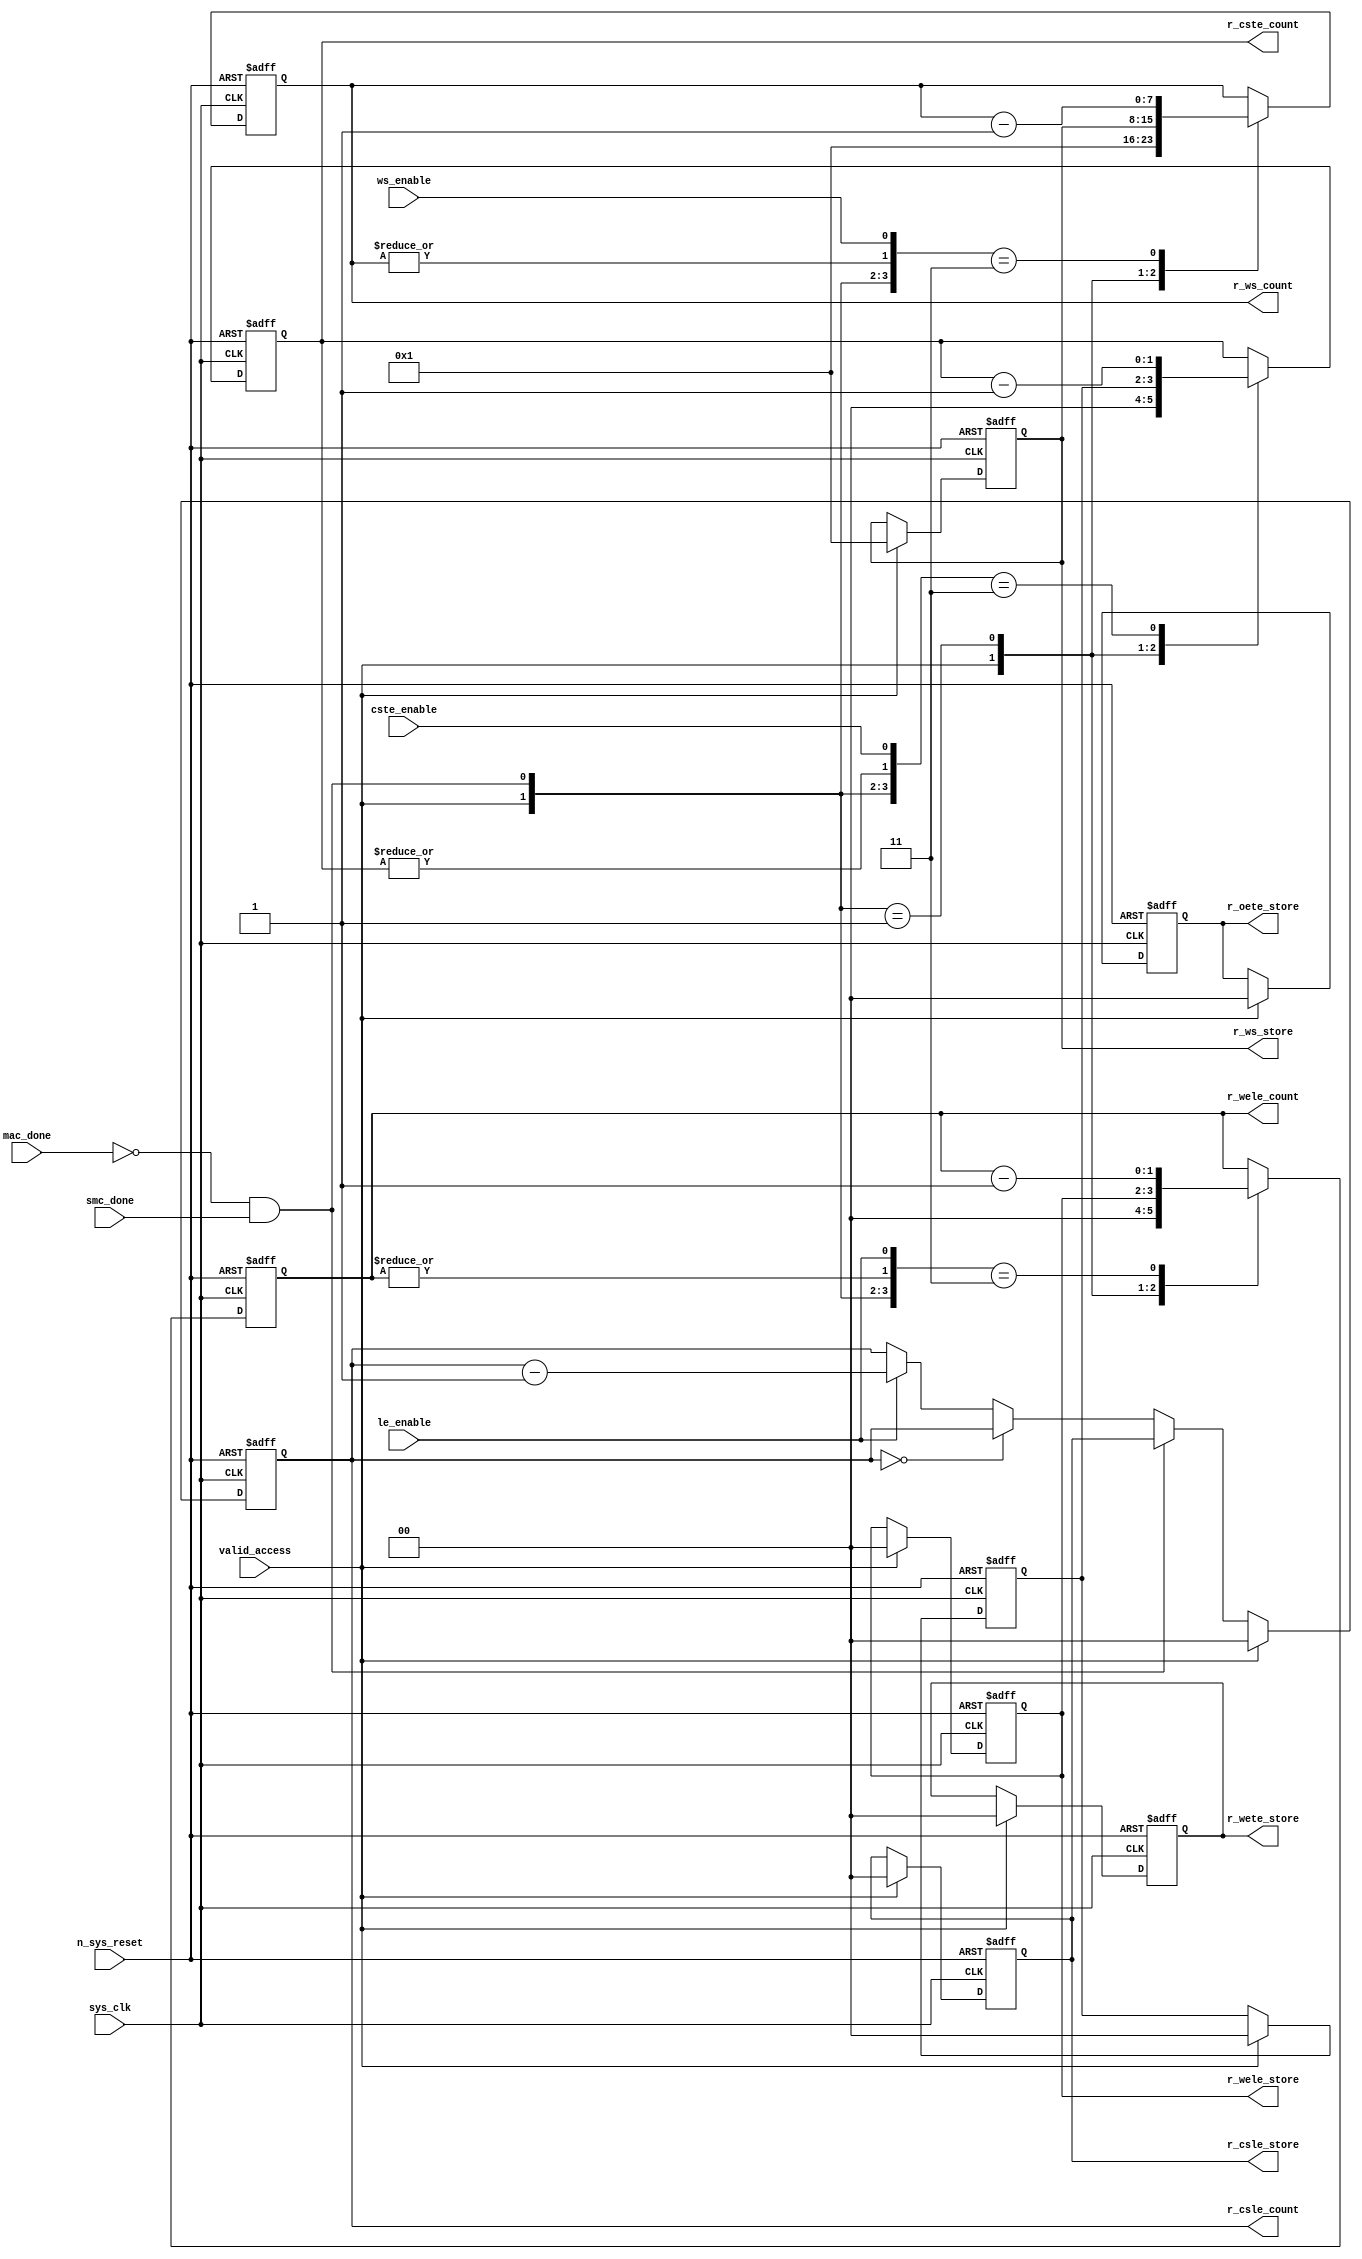
//Title       : 
//Description : Counter block.
//            : Static Memory Controller.
//            : The counter block provides generates all cycle timings
//            : The leading edge counts are individual 2bit, loadable,
//            : counters. The wait state counter is a count down
//            : counter with a maximum size of 5 bits. The trailing
//            : edge counts are registered for comparison with the
//            : wait state counter. The bus float (CSTE) is a
//            : separate 2bit counter. The initial count values are
//            : stored and reloaded into the counters if multiple
//            : accesses are required.
//Notes       : 
//----------------------------------------------------------------------
//   Copyright 1999-2010 Cadence Design Systems, Inc.
//   All Rights Reserved Worldwide
//
//   Licensed under the Apache License, Version 2.0 (the
//   "License"); you may not use this file except in
//   compliance with the License.  You may obtain a copy of
//   the License at
//
//       http://www.apache.org/licenses/LICENSE-2.0
//
//   Unless required by applicable law or agreed to in
//   writing, software distributed under the License is
//   distributed on an "AS IS" BASIS, WITHOUT WARRANTIES OR
//   CONDITIONS OF ANY KIND, either express or implied.  See
//   the License for the specific language governing
//   permissions and limitations under the License.
//----------------------------------------------------------------------


module smc_counter_lite  (
                     //inputs

                     sys_clk,
                     n_sys_reset,
                     valid_access,
                     mac_done, 
                     smc_done, 
                     cste_enable, 
                     ws_enable,
                     le_enable, 

                     //outputs

                     r_csle_count,
                     r_wele_count,
                     r_ws_count,
                     r_ws_store,
                     r_oete_store,
                     r_wete_store,
                     r_wele_store,
                     r_cste_count,
                     r_csle_store);
   

//----------------------------------------------------------------------
// the Wait State Counter
//----------------------------------------------------------------------
   
   
   // I/O
   
   input     sys_clk;                  // AHB System clock
   input     n_sys_reset;              // AHB System reset (Active LOW)
   
   input     valid_access;             // load values are valid if high
   input     mac_done;                 // All cycles in a multiple access

   //  completed
   
   input                 smc_done;   // one access completed
   input                 cste_enable;// Enable CS Trailing Edge counter
   input                 ws_enable;  // Enable Wait State counter
   input                 le_enable;  // Enable all Leading Edge counters
   
   // Counter outputs
   
   output [1:0]             r_csle_count;  //chip select leading
                                             //  edge count
   output [1:0]             r_wele_count;  //write strobe leading 
                                             // edge count
   output [7:0] r_ws_count;    //wait state count
   output [1:0]             r_cste_count;  //chip select trailing 
                                             // edge count
   
   // Stored counts for MAC
   
   output [1:0]             r_oete_store;  //read strobe
   output [1:0]             r_wete_store;  //write strobe trailing 
                                              // edge store
   output [7:0] r_ws_store;    //wait state store
   output [1:0]             r_wele_store;  //write strobe leading
                                             //  edge store
   output [1:0]             r_csle_store;  //chip select  leading
                                             //  edge store
   
   
   // Counters
   
   reg [1:0]             r_csle_count;  // Chip select LE counter
   reg [1:0]             r_wele_count;  // Write counter
   reg [7:0] r_ws_count;    // Wait state select counter
   reg [1:0]             r_cste_count;  // Chip select TE counter
   
   
   // These strobes finish early so no counter is required. 
   // The stored value is compared with WS counter to determine 
   // when the strobe should end.

   reg [1:0]    r_wete_store;    // Write strobe TE end time before CS
   reg [1:0]    r_oete_store;    // Read strobe TE end time before CS
   
   
   // The following four regisrers are used to store the configuration
   // during mulitple accesses. The counters are reloaded from these
   // registers before each cycle.
   
   reg [1:0]             r_csle_store;    // Chip select LE store
   reg [1:0]             r_wele_store;    // Write strobe LE store
   reg [7:0] r_ws_store;      // Wait state store
   reg [1:0]             r_cste_store;    // Chip Select TE delay
                                          //  (Bus float time)

   // wires used for meeting coding standards
   
   wire         ws_count;      //ORed r_ws_count
   wire         wele_count;    //ORed r_wele_count
   wire         cste_count;    //ORed r_cste_count
   wire         mac_smc_done;  //ANDed smc_done and not(mac_done)
   wire [4:0]   case_cste;     //concatenated signals for case statement
   wire [4:0]   case_wele;     //concatenated signals for case statement
   wire [4:0]   case_ws;       //concatenated signals for case statement
   
   
   
   // Main Code
   
//----------------------------------------------------------------------
// Counters (& Count Store for MAC)
//----------------------------------------------------------------------


//----------------------------------------------------------------------
// WETE Store
//----------------------------------------------------------------------

always @(posedge sys_clk or negedge n_sys_reset)

begin   

   if (~(n_sys_reset))
     
      r_wete_store <= 2'b00;
   
   
   else if (valid_access)
     
      r_wete_store <= 2'b0;
   
   else
     
      r_wete_store <= r_wete_store;

end
   
//----------------------------------------------------------------------
// OETE Store
//----------------------------------------------------------------------

always @(posedge sys_clk or negedge n_sys_reset)

begin   

   if (~(n_sys_reset))
     
      r_oete_store <= 2'b00;
   
   
   else if (valid_access)
     
      r_oete_store <= 2'b0;
   
   else

      r_oete_store <= r_oete_store;

end
   
//----------------------------------------------------------------------
// CSLE Store
//----------------------------------------------------------------------

always @(posedge sys_clk or negedge n_sys_reset)

begin   

   if (~(n_sys_reset))
     
      r_csle_store <= 2'b00;
   
   
   else if (valid_access)
     
      r_csle_store <= 2'b00;
   
   else
     
      r_csle_store <= r_csle_store;

end
   
//----------------------------------------------------------------------
// CSLE Counter
//----------------------------------------------------------------------

always @(posedge sys_clk or negedge n_sys_reset)

begin   

   if (~(n_sys_reset))
     
      r_csle_count <= 2'b00;
   
   
   else
   begin
        
      if (valid_access)
        
         r_csle_count <= 2'b00;
      
      else if (~(mac_done) & smc_done)
        
         r_csle_count <= r_csle_store;
      
      else if (r_csle_count == 2'b00)
        
         r_csle_count <= r_csle_count;
      
      else if (le_enable)               
        
         r_csle_count <= r_csle_count - 2'd1;
      
      else
        
          r_csle_count <= r_csle_count;
      
     end

end
   
   
//----------------------------------------------------------------------
// CSTE Store
//----------------------------------------------------------------------

always @(posedge sys_clk or negedge n_sys_reset)

begin   

   if (~(n_sys_reset))

      r_cste_store <= 2'b00;

   else if (valid_access)

      r_cste_store <= 2'b0;

   else

      r_cste_store <= r_cste_store;

end
   
   
   
//----------------------------------------------------------------------
//concatenation of signals to avoid using nested ifs
//----------------------------------------------------------------------

 assign mac_smc_done = (~(mac_done) & smc_done);
 assign cste_count   = (|r_cste_count);           //checks for count = 0
 assign case_cste   = {1'b0,valid_access,mac_smc_done,cste_count,
                       cste_enable};
   
//----------------------------------------------------------------------
//CSTE COUNTER
//----------------------------------------------------------------------

always @(posedge sys_clk or negedge n_sys_reset)

begin   

   if (~(n_sys_reset))

      r_cste_count <= 2'b00;

   else 
   begin
      casex(case_cste)
           
        5'b1xxxx:        r_cste_count <= r_cste_count;

        5'b01xxx:        r_cste_count <= 2'b0;

        5'b001xx:        r_cste_count <= r_cste_store;

        5'b0000x:        r_cste_count <= r_cste_count;

        5'b00011:        r_cste_count <= r_cste_count - 2'd1;

        default :        r_cste_count <= r_cste_count;

      endcase // casex(w_cste_case)
      
   end
   
end

//----------------------------------------------------------------------
// WELE Store
//----------------------------------------------------------------------

always @(posedge sys_clk or negedge n_sys_reset)

begin   

   if (~(n_sys_reset))

      r_wele_store <= 2'b00;


   else if (valid_access)

      r_wele_store <= 2'b00;

   else

      r_wele_store <= r_wele_store;

end
   
   
   
//----------------------------------------------------------------------
//concatenation of signals to avoid using nested ifs
//----------------------------------------------------------------------
   
   assign wele_count   = (|r_wele_count);         //checks for count = 0
   assign case_wele   = {1'b0,valid_access,mac_smc_done,wele_count,
                         le_enable};
   
//----------------------------------------------------------------------
// WELE Counter
//----------------------------------------------------------------------

always @(posedge sys_clk or negedge n_sys_reset)

begin   
   if (~(n_sys_reset))

      r_wele_count <= 2'b00;

   else
   begin

      casex(case_wele)

        5'b1xxxx :  r_wele_count <= r_wele_count;

        5'b01xxx :  r_wele_count <= 2'b00;

        5'b001xx :  r_wele_count <= r_wele_store;

        5'b0000x :  r_wele_count <= r_wele_count;

        5'b00011 :  r_wele_count <= r_wele_count - (2'd1);

        default  :  r_wele_count <= r_wele_count;

      endcase // casex(case_wele)

   end

end
   
//----------------------------------------------------------------------
// WS Store
//----------------------------------------------------------------------

always @(posedge sys_clk or negedge n_sys_reset)
  
begin   

   if (~(n_sys_reset))

      r_ws_store <= 8'd0;


   else if (valid_access)

      r_ws_store <= 8'h01;

   else

      r_ws_store <= r_ws_store;

end
   
   
   
//----------------------------------------------------------------------
//concatenation of signals to avoid using nested ifs
//----------------------------------------------------------------------
   
   assign ws_count   = (|r_ws_count); //checks for count = 0
   assign case_ws   = {1'b0,valid_access,mac_smc_done,ws_count,
                       ws_enable};
   
//----------------------------------------------------------------------
// WS Counter
//----------------------------------------------------------------------

always @(posedge sys_clk or negedge n_sys_reset)

begin   

   if (~(n_sys_reset))

      r_ws_count <= 8'd0;

   else  
   begin
   
      casex(case_ws)
 
         5'b1xxxx :  
            r_ws_count <= r_ws_count;
        
         5'b01xxx :
            r_ws_count <= 8'h01;
        
         5'b001xx :  
            r_ws_count <= r_ws_store;
        
         5'b0000x :  
            r_ws_count <= r_ws_count;
        
         5'b00011 :  
            r_ws_count <= r_ws_count - 8'd1;
        
         default  :  
            r_ws_count <= r_ws_count;

      endcase // casex(case_ws)
      
   end
   
end  
   
   
endmodule